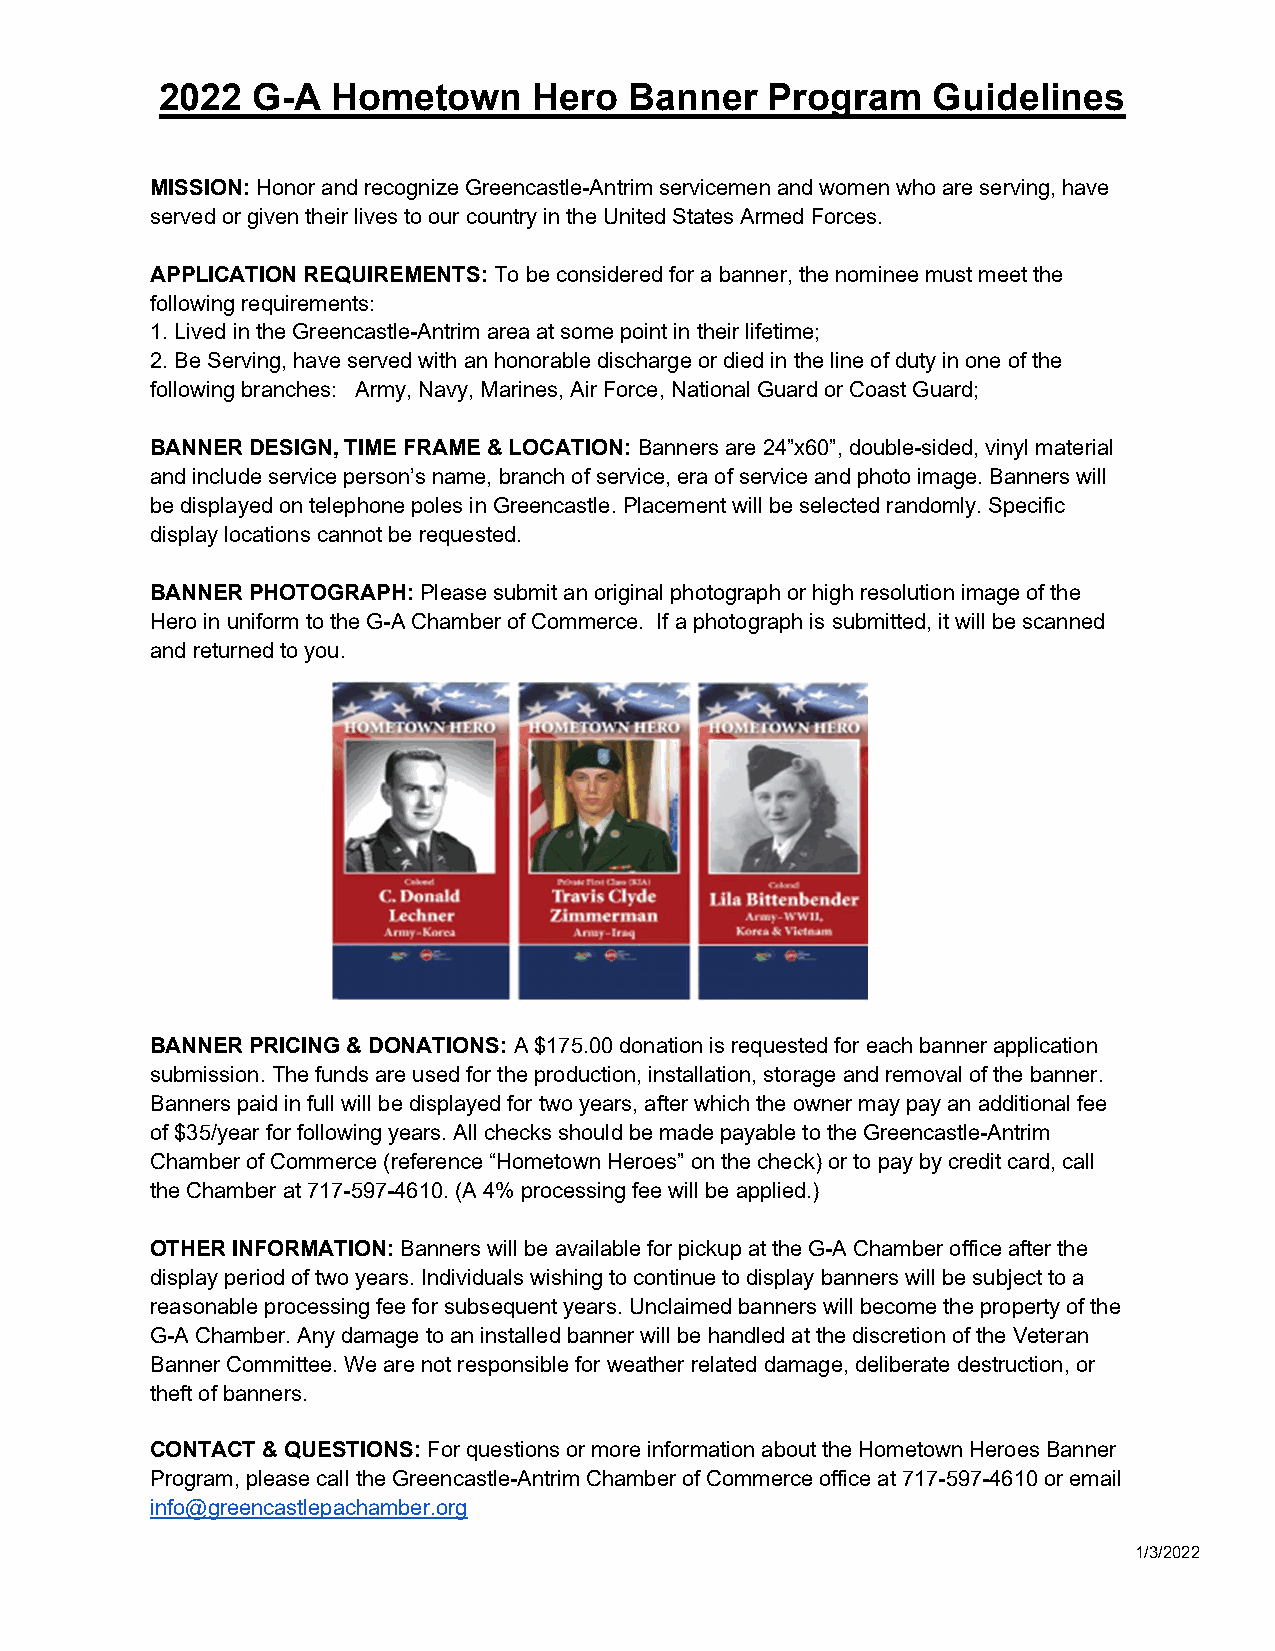
2022  G-A  Hometown     Hero   Banner   Program    Guidelines
 MISSION: Honor and recognize Greencastle-Antrim servicemen and women who are serving, have
 served or given their lives to our country in the United States Armed Forces.
 APPLICATION REQUIREMENTS: To be considered for a banner, the nominee must meet the
 following requirements:
 1. Lived in the Greencastle-Antrim area at some point in their lifetime;
 2. Be Serving, have served with an honorable discharge or died in the line of duty in one of the
 following branches: Army, Navy, Marines, Air Force, National Guard or Coast Guard;
 BANNER DESIGN, TIME FRAME & LOCATION: Banners are 24”x60”, double-sided, vinyl material
 and include service person’s name, branch of service, era of service and photo image. Banners will
 be displayed on telephone poles in Greencastle. Placement will be selected randomly. Specific
 display locations cannot be requested.
 BANNER PHOTOGRAPH: Please submit an original photograph or high resolution image of the
 Hero in uniform to the G-A Chamber of Commerce. If a photograph is submitted, it will be scanned
 and returned to you.
 BANNER PRICING & DONATIONS: A $175.00 donation is requested for each banner application
 submission. The funds are used for the production, installation, storage and removal of the banner.
 Banners paid in full will be displayed for two years, after which the owner may pay an additional fee
 of $35/year for following years. All checks should be made payable to the Greencastle-Antrim
 Chamber of Commerce (reference “Hometown Heroes” on the check) or to pay by credit card, call
 the Chamber at 717-597-4610. (A 4% processing fee will be applied.)
 OTHER INFORMATION: Banners will be available for pickup at the G-A Chamber office after the
 display period of two years. Individuals wishing to continue to display banners will be subject to a
 reasonable processing fee for subsequent years. Unclaimed banners will become the property of the
 G-A Chamber. Any damage to an installed banner will be handled at the discretion of the Veteran
 Banner Committee. We are not responsible for weather related damage, deliberate destruction, or
 theft of banners.
 CONTACT & QUESTIONS: For questions or more information about the Hometown Heroes Banner
 Program, please call the Greencastle-Antrim Chamber of Commerce office at 717-597-4610 or email
 info@greencastlepachamber.org
 1/3/2022